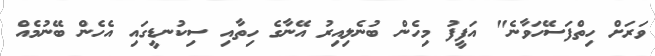
ވަރަށް ހިތްފަސޭހަވާނެ" އަފީފު މިހެން ބުނެލިއިރު އޭނާގެ ހިތާއި ސިކުނޑީގައި އެހެން ބޭނުމެއް